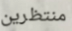
منتظرين